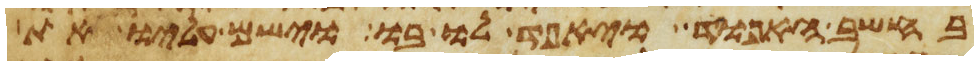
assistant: בחשב האפוד ויאפד לו בו וישם עליו את